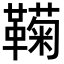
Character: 𬰩